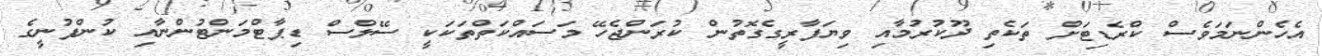
އެހެންނަމަވެސް ކްރެޑިޓަށް ތަކެތި ދޫކުރުމާއި ވިޔަފާރީގެގޮތުން ކުރަންޖެހޭ މަސައްކަތްތަކަކީ ސޭލްސް ޑިޕާޓްމަންޓުންނާއި ކުންފުނީގެ